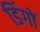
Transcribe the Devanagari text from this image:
डिंगों